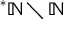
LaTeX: { ^ { * } \mathbb { N } } \setminus \mathbb { N }